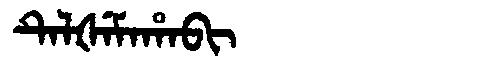
Manchu: ᡨᡝᠯᡧᡝᠮᠠᡥᠠᠪᡳ
Romanization: TELŠEMAHABI